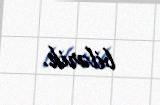
bilərik.